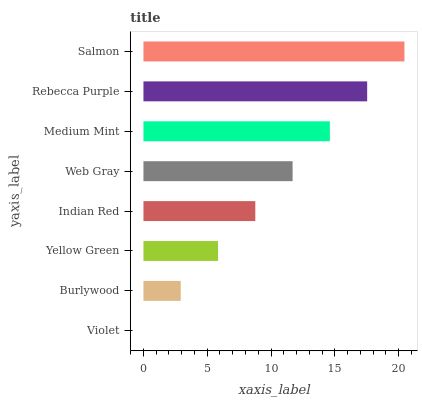
| yaxis_label | bars |
 | --- | --- |
 | Violet | 0 |
 | Burlywood | 2.92 |
 | Yellow Green | 5.85 |
 | Indian Red | 8.77 |
 | Web Gray | 11.7 |
 | Medium Mint | 14.6 |
 | Rebecca Purple | 17.5 |
 | Salmon | 20.5 |